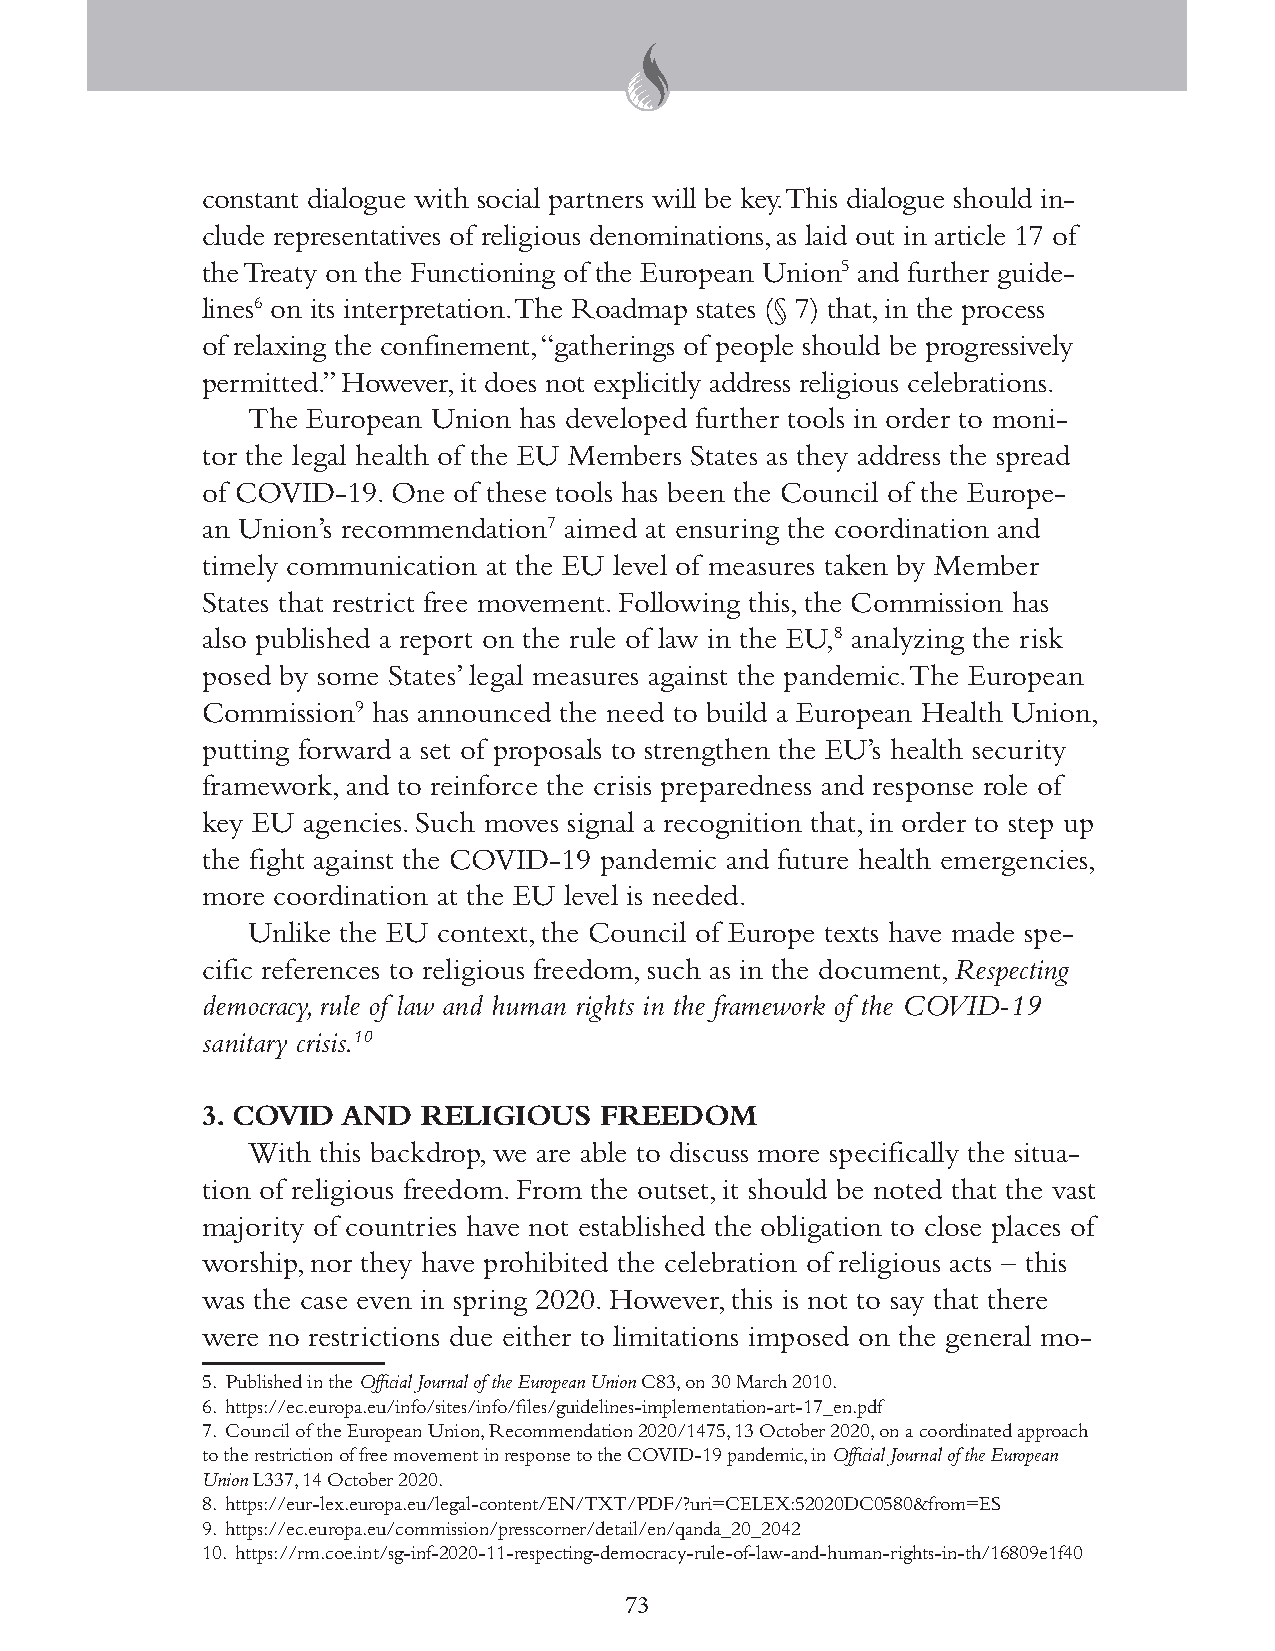
constant dialogue with social partners will be key. This dialogue should in-
 clude representatives of religious denominations, as laid out in article 17 of
 the Treaty on the Functioning of the European Union5 and further guide-
 lines6 on its interpretation. The Roadmap states (§ 7) that, in the process
 of relaxing the confinement, “gatherings of people should be progressively
 permitted.” However, it does not explicitly address religious celebrations.
 The European Union has developed further tools in order to moni-
 tor the legal health of the EU Members States as they address the spread
 of COVID-19. One of these tools has been the Council of the Europe-
 an Union’s recommendation7 aimed at ensuring the coordination and
 timely communication at the EU level of measures taken by Member
 States that restrict free movement. Following this, the Commission has
 also published a report on the rule of law in the EU,8 analyzing the risk
 posed by some States’ legal measures against the pandemic. The European
 Commission9 has announced the need to build a European Health Union,
 putting forward a set of proposals to strengthen the EU’s health security
 framework, and to reinforce the crisis preparedness and response role of
 key EU agencies. Such moves signal a recognition that, in order to step up
 the fight against the COVID-19 pandemic and future health emergencies,
 more coordination at the EU level is needed.
 Unlike the EU context, the Council of Europe texts have made spe-
 cific references to religious freedom, such as in the document, Respecting
 democracy, rule of law and human rights in the framework of the COVID-19
 sanitary crisis.10
 3. COVID  AND  RELIGIOUS   FREEDOM
 With this backdrop, we are able to discuss more specifically the situa-
 tion of religious freedom. From the outset, it should be noted that the vast
 majority of countries have not established the obligation to close places of
 worship, nor they have prohibited the celebration of religious acts – this
 was the case even in spring 2020. However, this is not to say that there
 were no restrictions due either to limitations imposed on the general mo-
 5. Published in the Official Journal of the European Union C83, on 30 March 2010.
 6. https://ec.europa.eu/info/sites/info/files/guidelines-implementation-art-17_en.pdf
 7. Council of the European Union, Recommendation 2020/1475, 13 October 2020, on a coordinated approach
 to the restriction of free movement in response to the COVID-19 pandemic, in Official Journal of the European
 Union L337, 14 October 2020.
 8. https://eur-lex.europa.eu/legal-content/EN/TXT/PDF/?uri=CELEX:52020DC0580&from=ES
 9. https://ec.europa.eu/commission/presscorner/detail/en/qanda_20_2042
 10. https://rm.coe.int/sg-inf-2020-11-respecting-democracy-rule-of-law-and-human-rights-in-th/16809e1f40
 73